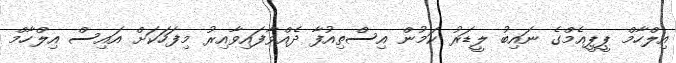
އިލްހާމް ޕީޕީއެމްގެ ނައިބު ލީޑަރު ކަމުން އިސްތިއުފާ ދެއްވާފައިވާއިރު މިފަހަކަށް އައިސް އިލްހާމް